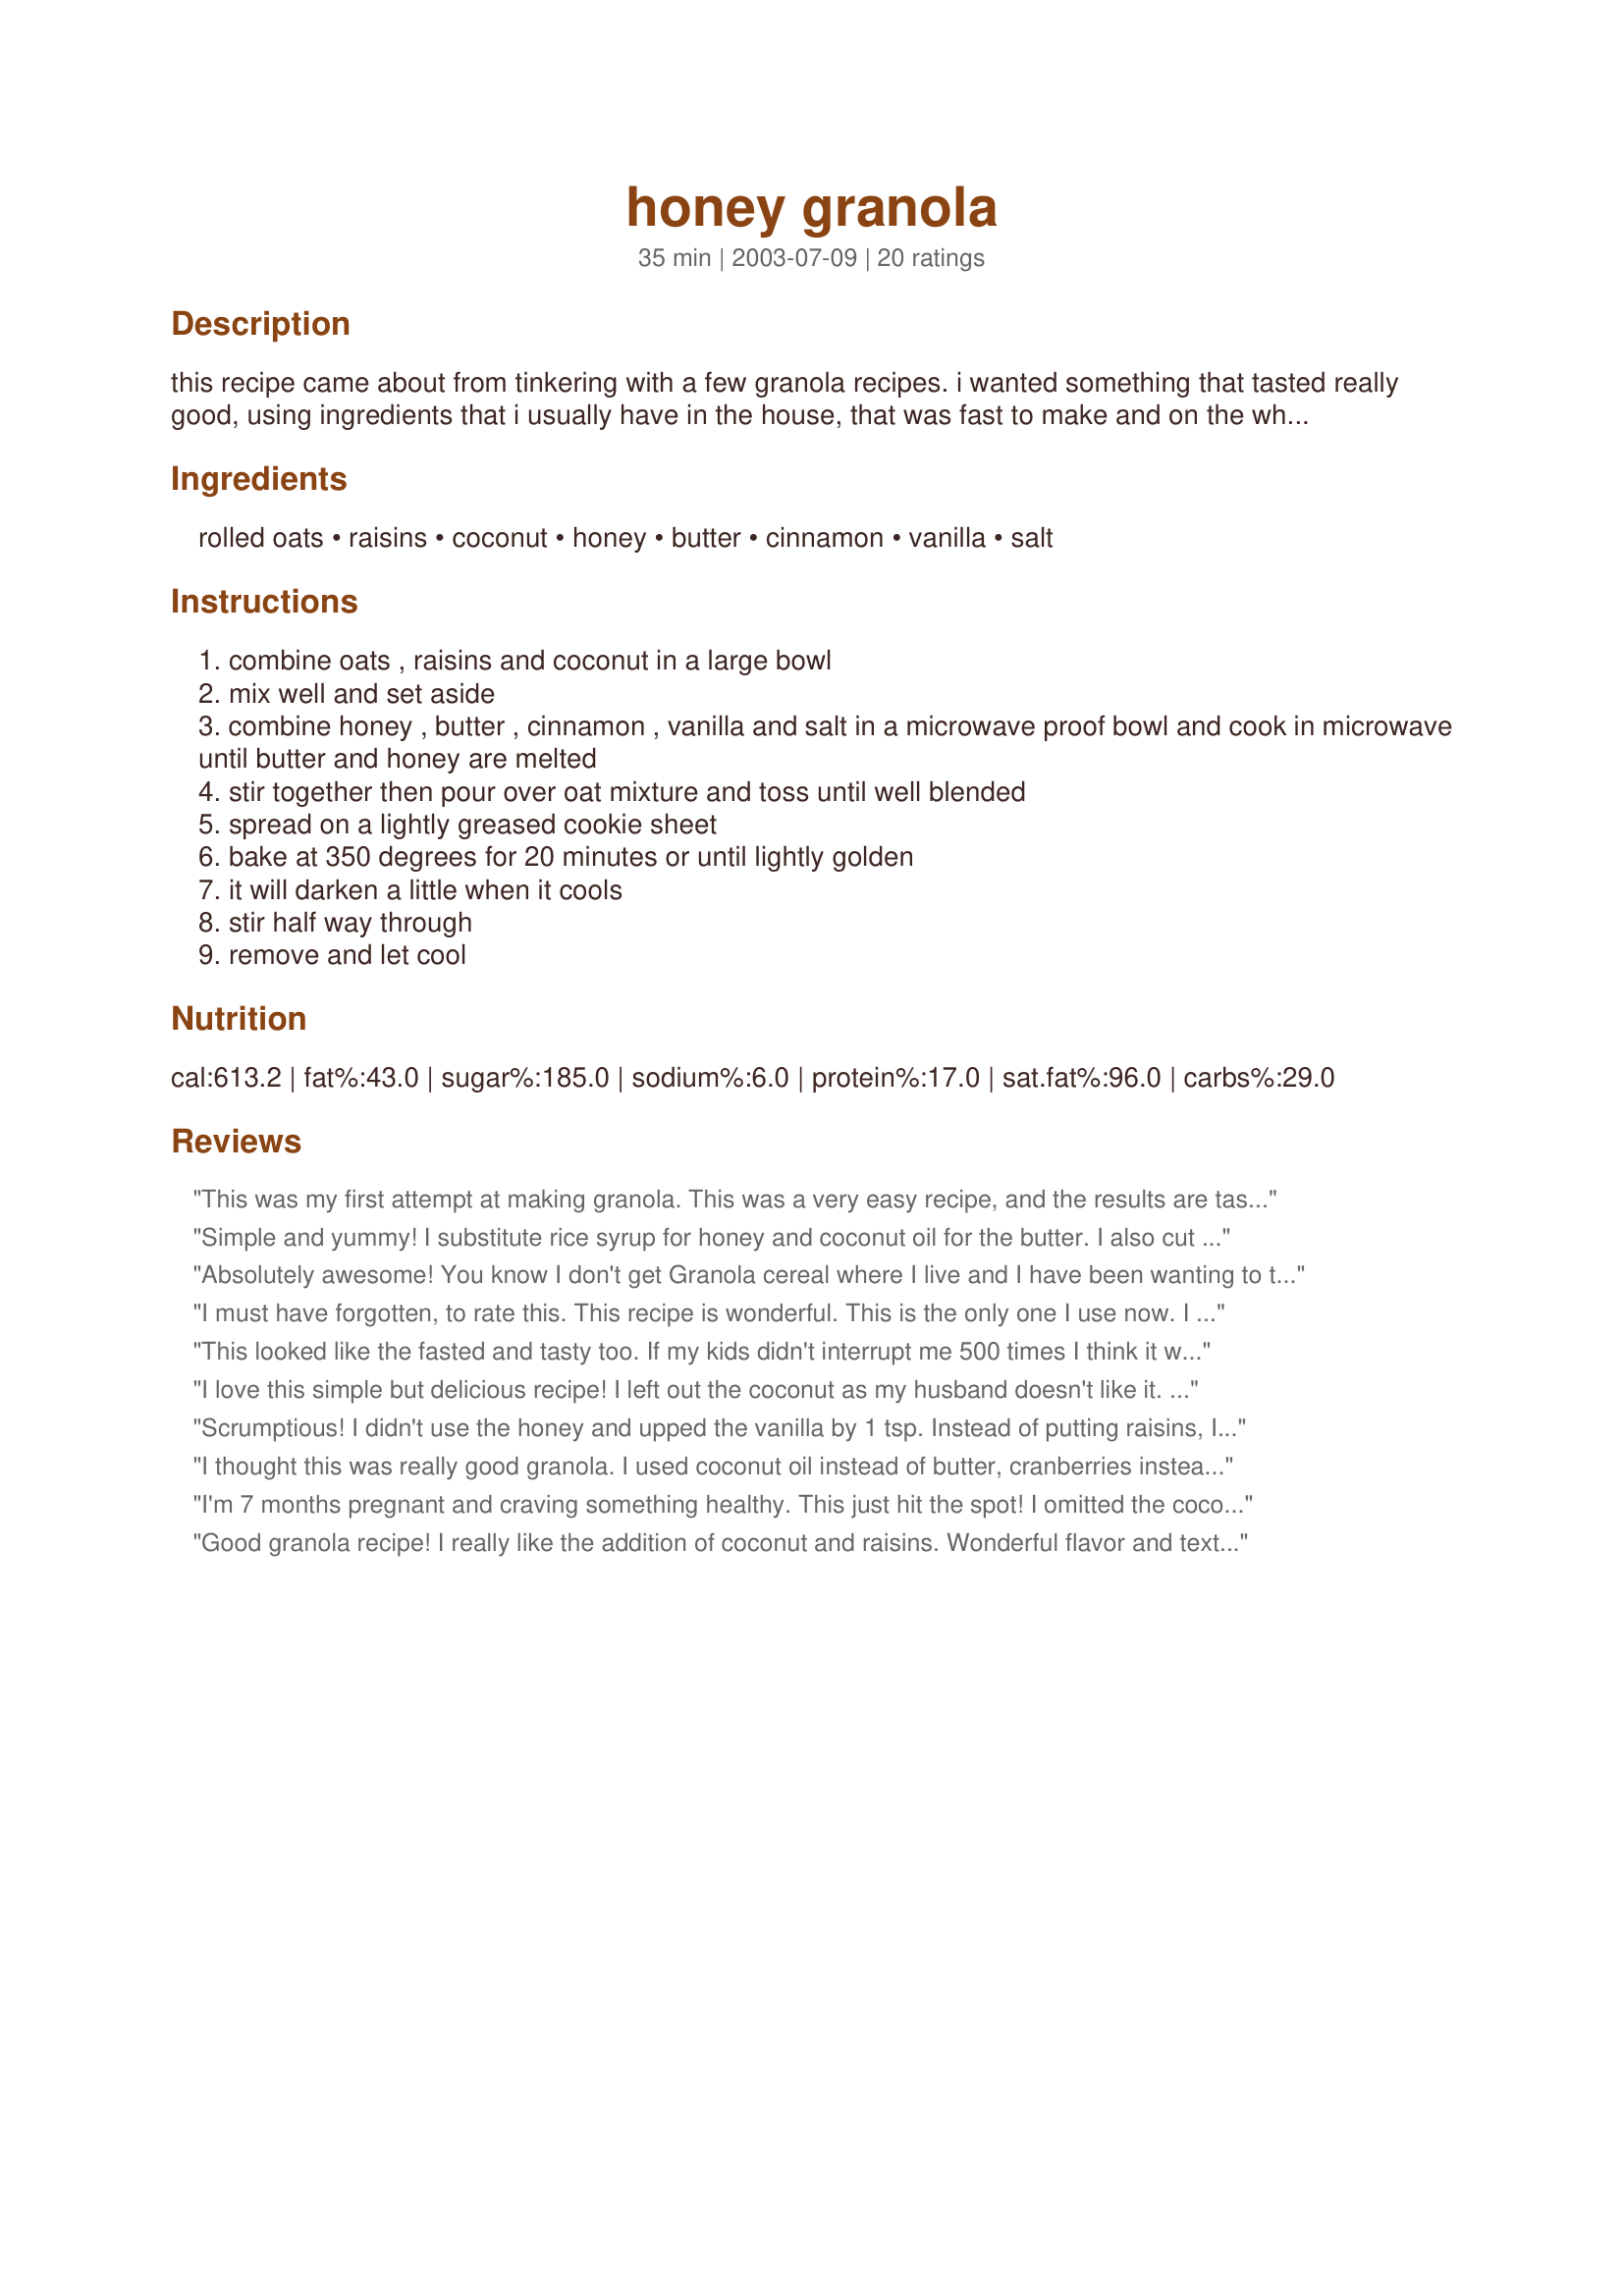
honey granola
Preparation time: 35 minutes

this recipe came about from tinkering with a few granola recipes. i wanted something that tasted really good, using ingredients that i usually have in the house, that was fast to make and on the whole, somewhat healthy.

Ingredients:
rolled oats, raisins, coconut, honey, butter, cinnamon, vanilla, salt

Steps:
combine oats , raisins and coconut in a large bowl
mix well and set aside
combine honey , butter , cinnamon , vanilla and salt in a microwave proof bowl and cook in microwave until butter and honey are melted
stir together then pour over oat mixture and toss until well blended
spread on a lightly greased cookie sheet
bake at 350 degrees for 20 minutes or until lightly golden
it will darken a little when it cools
stir half way through
remove and let cool

Reviews:
This was my first attempt at making granola. This was a very easy recipe, and the results are tasty. I left out the coconut, and added dried apples and cranberries after it cooled. My husband and kids like it also!
Simple and yummy! I substitute rice syrup for honey and coconut oil for the butter. I also cut the raisins in half. A handful of cashews adds an extra crunch.
Absolutely awesome! You know I don't get Granola cereal where I live and I have been wanting to taste this cereal since forever! Finally, today, I have an idea of what Granola cereal tastes like! I love the taste of this. You just made my new breakfast for me! Thank you in billions for this recipe. I will cherish this forever:)
I must have forgotten, to rate this. This recipe is wonderful. This is the only one I use now. I do double this recipe and freeze part for later. I omit the raisins. This is so easy, and delicious. Thank you
This looked like the fasted and tasty too. If my kids didn't interrupt me 500 times I think it would have been fast. I didn't have all oats so I used 2 cups of 5 grain cereal. I added 1/4 cup flaxseed meal, 3 tsp. vanilla, 1 cup raw sliced almonds, I didn't have any coconut unfortuately, but I used coconut oil on the baking sheet. I had to cook it for about 35 - 40 minutes to get it to my favorite crispness. Thanks so much for sharing. I know I changed a lot, but it tastes great and I'm sure the original would have too. Next time I have to have the coconut.
I love this simple but delicious recipe! I left out the coconut as my husband doesn't like it. I love that this recipe uses honey instead of sugar, making it healthier. We have been enjoying this granola on top of homemade yogurt and frozen berries.
Scrumptious! I didn't use the honey and upped the vanilla by 1 tsp. Instead of putting raisins, I added craisins. :D Thank you for sharing the recipe!
I thought this was really good granola. I used coconut oil instead of butter, cranberries instead raisins, and added some sunflower seeds and sliced almonds. It was really good! Thanks!
I'm 7 months pregnant and craving something healthy. This just hit the spot! I omitted the coconut because I don't care for it, but followed the rest of the recipe precisely. This makes a great snack or cereal. It has a perfect blend of flavors.
Good granola recipe! I really like the addition of coconut and raisins. Wonderful flavor and texture, with enough crunch. Thanks for posting!
I can't believe it took me so long to review this. I eat it in my yogurt 4 times a week. All of my friends love it for breakfast when they stay the night and I don't even bother with raisins or coconut, but i do add about 1 cup of toasted, chopped almonds or chopped, mixed, fancy nuts. Yummmm! Thanks for giving me an alternative to brown sugar based granola!
Yummmm...this was so easy, and the taste is awesome! I added about 1/2 c. chopped pecans and some chopped dried cherries. I will be making this again - thanks for sharing the recipe!
What a great granola recipe!!!!! I actually think I left it in the oven too long and it still turned out great! What great flavor! I will make this quite often! thank you!
Great recipe - not too sweet, very flexible.
This really is an outstanding recipe! Thanks for posting! I did double the recipe and used 4 cups rolled oats and 4 cups quick oats since that's what I had on hand, omitted the raisins since my family doesn't care for them, only used 1 cup coconut and just doubled everything else. It was perfect! I did have to let it bake longer though. It's exactly what I was searching for and it's a keeper. :)
Made some changes, due to what I had on hand: used dried cranberries instead of raisins, molasses and light corn syrup instead of honey, and added 1/4 cup slivered almonds and 1/4 cup walnut pieces. Turned out really good! Thanks for sharing!
I used dried cherries instead of raisins and didn't mix them in until after I took the granola out of the oven. The result was quite tasty, but I would recommend baking the granola at a lower heat since mine came out a little burnt. It was still tasty and my friends keep asking me to make it again.
I've never made my own granola before. Not only was this recipe very easy to make but it was also delicious. It is especially good mixed with with vanilla yogurt and bananas.
i changed a couple things, but i loved the recipe.
This was my first attempt at making Granola and was suprised at how easy it was to make! I had it mixed and in the oven in less than 10 minutes. I used cranberries instead of Raisins. Thank you so much for posting this recipe! It will definately be a favorite in our house! Delicious!
